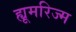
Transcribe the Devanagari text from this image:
ह्यूमरिज्म